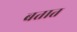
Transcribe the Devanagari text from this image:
बतात